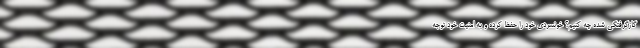
گازگرفتگی شده چه کنیم؟ خونسردی خود را حفظ کرده و به امنیت خود توجه